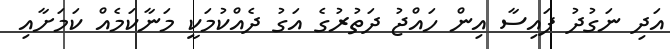
އަދި ނަގުދު ފައިސާ އިން ހައްޖު ދަތުރުގެ އަގު ދެއްކުމަކީ މަނާކަމެއް ކަމަށާއި